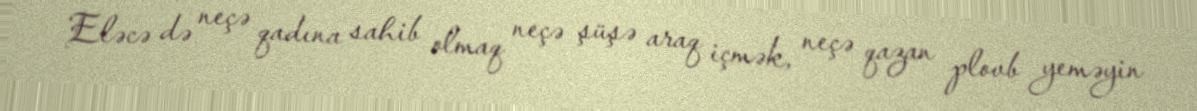
Eləcə də neçə qadına sahib olmaq neçə şüşə araq içmək, neçə qazan plovb yeməyin